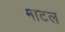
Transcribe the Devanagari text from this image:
माटल